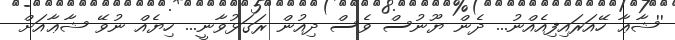
''ޝާޢާ ހޭއަރައިފިއެއްނު... ދެން ޔޫނުސް ވެސް ދިއުން ރަގަޅުވާނީ... ހިޔެއް ނުވޭ ޝާޢާއަށް